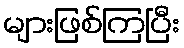
များဖြစ်ကြပြီး